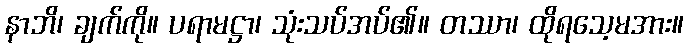
နာဘိ၊ ချက်ကို။ ပရာမဋ္ဌာ၊ သုံးသပ်အပ်၏။ တဿာ၊ ထိုရသေ့မအား။